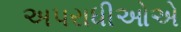
અપરાધીઓએ